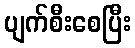
ပျက်စီးစေပြီး